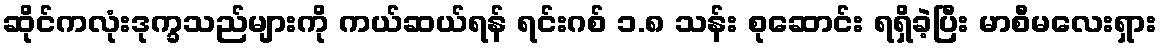
ဆိုင်ကလုံးဒုက္ခသည်များကို ကယ်ဆယ်ရန် ရင်းဂစ် ၁.၈ သန်း စုဆောင်း ရရှိခဲ့ပြီး မာစီမလေးရှား